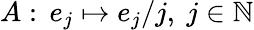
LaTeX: A:\, e_{j}\mapsto e_{j}/j,~j\in\mathbb{N}